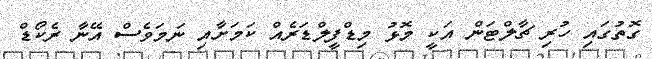
ގޮތުގައި ހުރި ޗާލްޓަން އަކީ މޮޅު މިޑްފީލްޑަރެއް ކަމަށާއި ނަމަވެސް އޭނާ ރެކޯޑް